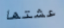
عشتها